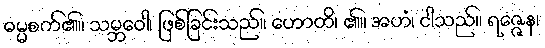
ဓမ္မစက်၏။ သမ္ဘဝေါ၊ ဖြစ်ခြင်းသည်။ ဟောတိ၊ ၏။ အဟံ၊ ငါသည်။ ရဇ္ဇေန၊